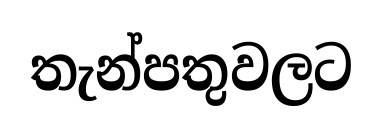
තැන්පතුවලට